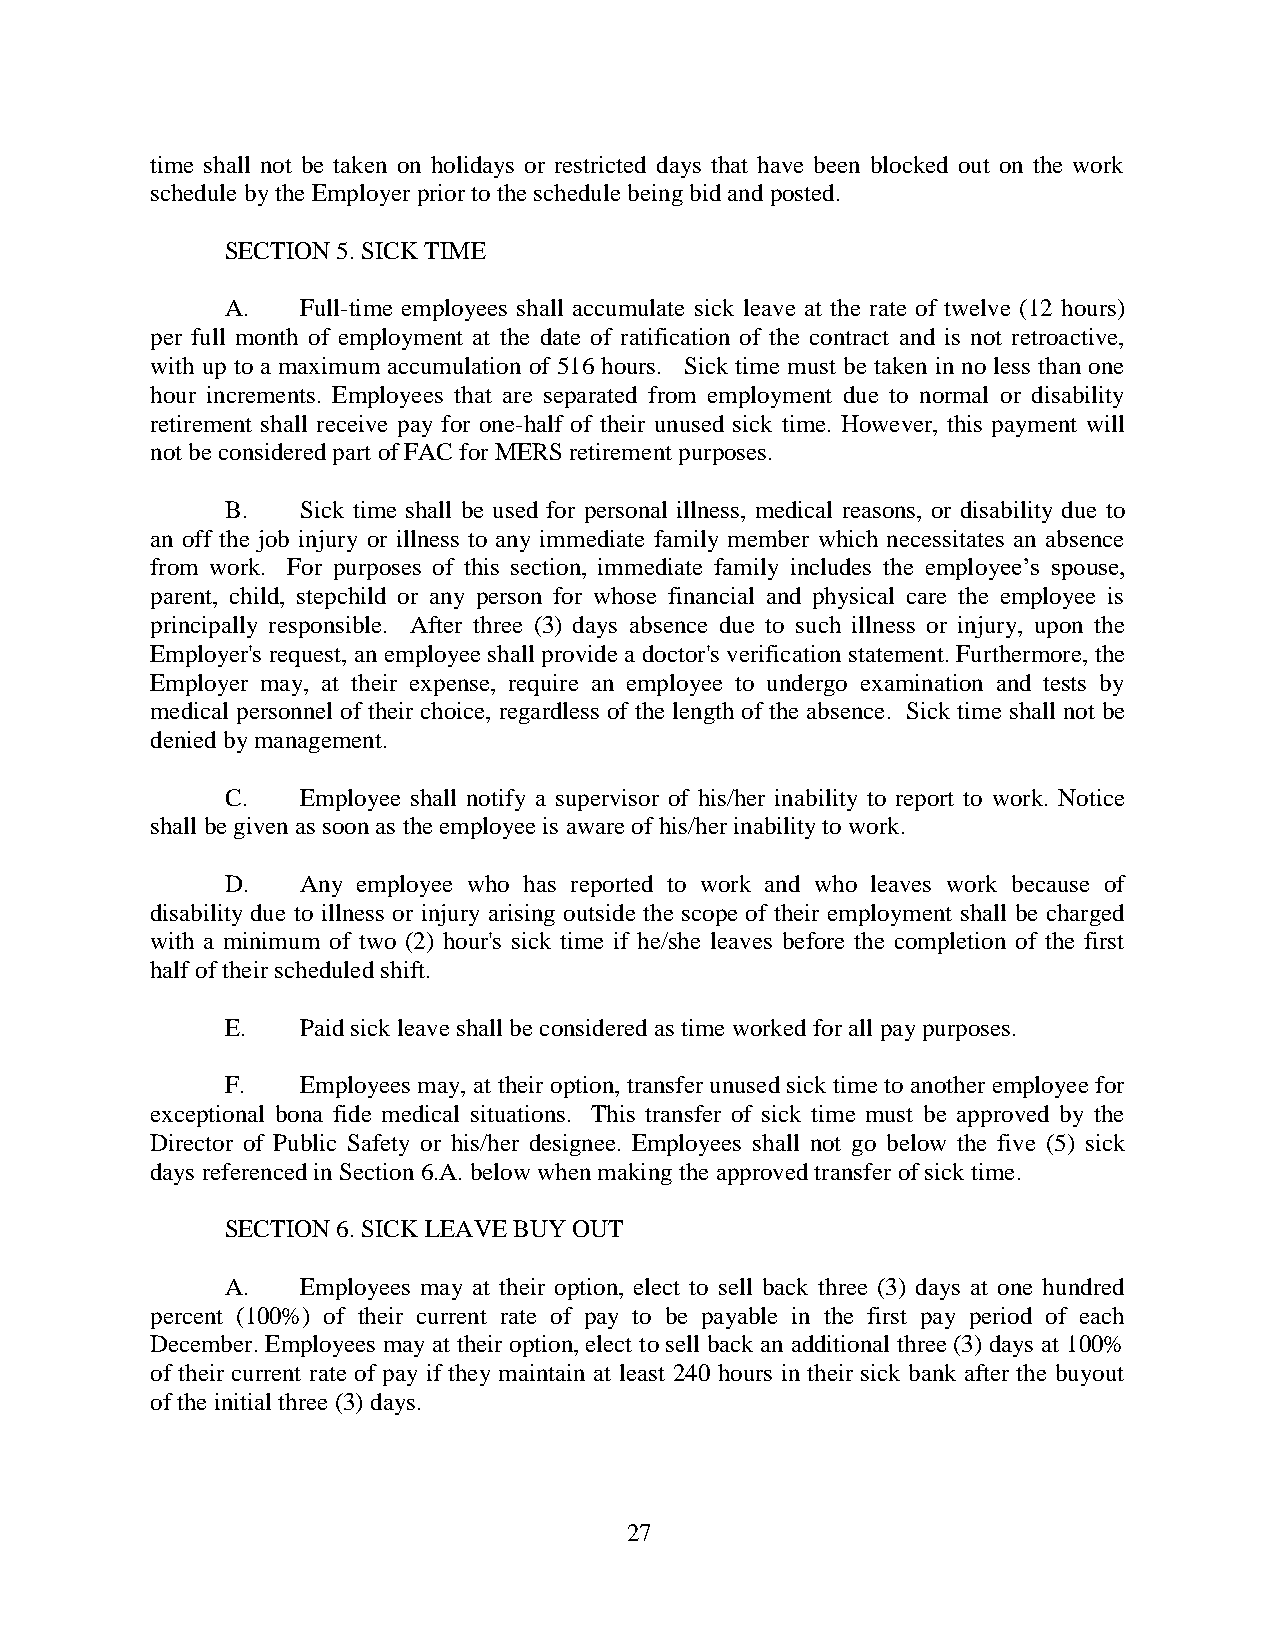
time shall not be taken on holidays or restricted days that have been blocked out on the work
 schedule by the Employer prior to the schedule being bid and posted.
 SECTION 5. SICK TIME
 A.   Full-time employees shall accumulate sick leave at the rate of twelve (12 hours)
 per full month of employment at the date of ratification of the contract and is not retroactive,
 with up to a maximum accumulation of 516 hours. Sick time must be taken in no less than one
 hour increments. Employees that are separated from employment due to normal or disability
 retirement shall receive pay for one-half of their unused sick time. However, this payment will
 not be considered part of FAC for MERS retirement purposes.
 B.   Sick time shall be used for personal illness, medical reasons, or disability due to
 an off the job injury or illness to any immediate family member which necessitates an absence
 from work. For purposes of this section, immediate family includes the employee’s spouse,
 parent, child, stepchild or any person for whose financial and physical care the employee is
 principally responsible. After three (3) days absence due to such illness or injury, upon the
 Employer's request, an employee shall provide a doctor's verification statement. Furthermore, the
 Employer may, at their expense, require an employee to undergo examination and tests by
 medical personnel of their choice, regardless of the length of the absence. Sick time shall not be
 denied by management.
 C.   Employee shall notify a supervisor of his/her inability to report to work. Notice
 shall be given as soon as the employee is aware of his/her inability to work.
 D.   Any employee who has reported to work and who leaves work because of
 disability due to illness or injury arising outside the scope of their employment shall be charged
 with a minimum of two (2) hour's sick time if he/she leaves before the completion of the first
 half of their scheduled shift.
 E.   Paid sick leave shall be considered as time worked for all pay purposes.
 F.   Employees may, at their option, transfer unused sick time to another employee for
 exceptional bona fide medical situations. This transfer of sick time must be approved by the
 Director of Public Safety or his/her designee. Employees shall not go below the five (5) sick
 days referenced in Section 6.A. below when making the approved transfer of sick time.
 SECTION 6. SICK LEAVE BUY OUT
 A.   Employees may at their option, elect to sell back three (3) days at one hundred
 percent (100%) of their current rate of pay to be payable in the first pay period of each
 December. Employees may at their option, elect to sell back an additional three (3) days at 100%
 of their current rate of pay if they maintain at least 240 hours in their sick bank after the buyout
 of the initial three (3) days.
 27